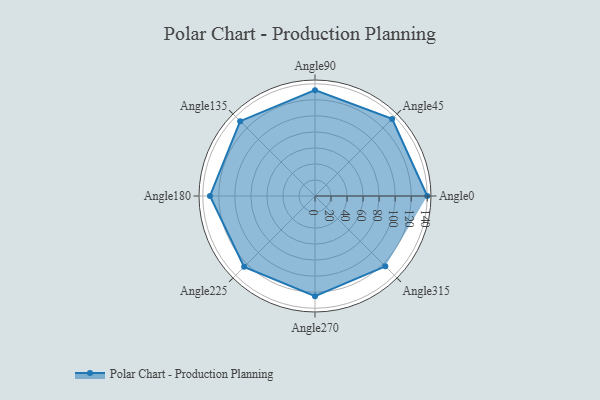
{"axis": {"x": "Angle", "y": "Radius"}, "legend": [""], "data": [{"x": "Angle0", "y": 140.0, "type": ""}, {"x": "Angle45", "y": 136.0, "type": ""}, {"x": "Angle90", "y": 132.0, "type": ""}, {"x": "Angle135", "y": 132.0, "type": ""}, {"x": "Angle180", "y": 131.0, "type": ""}, {"x": "Angle225", "y": 125.0, "type": ""}, {"x": "Angle270", "y": 125.0, "type": ""}, {"x": "Angle315", "y": 124.0, "type": ""}]}